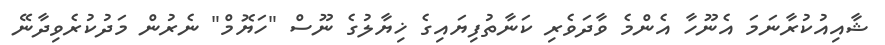
ޝާއިއުކުރާނަމަ އެނޫހާ އެންމެ ވާދަވެރި ކަނާތުފިޔައިގެ ޚިޔާލުގެ ނޫސް "ހަޔޮމް" ނެރުން މަދުކުރެވިދާނޭ